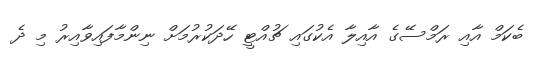
ބެކަމް އާއި ރަމްސޭގެ އާއިލާ އެކުގައި ޗުއްޓީ ހޭދަކުރުމަށް ނިންމާފައިވާއިރު މި ދެ